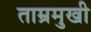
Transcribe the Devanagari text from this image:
ताम्रमुखी